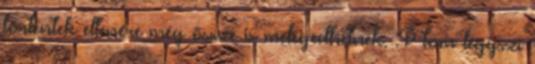
történtek ellenére még össze is melegedhetnek. :P tom légyszi